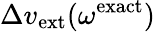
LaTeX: \Delta v_{\mathrm{ext}}(\omega^{\mathrm{exact}})